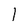
Character: l